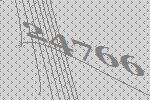
24766